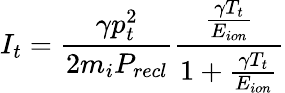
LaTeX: I_{t}=\frac{\gamma p_{t}^{2}}{2m_{i}P_{recl}}\frac{\frac{\gamma T_{t}}{E_{ion}}}{1+\frac{\gamma T_{t}}{E_{ion}}}